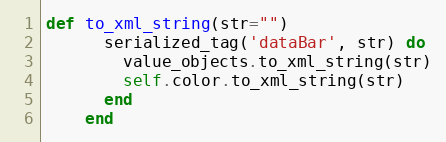
Language: Ruby
def to_xml_string(str="")
      serialized_tag('dataBar', str) do
        value_objects.to_xml_string(str)
        self.color.to_xml_string(str)
      end
    end